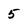
Character: 5